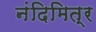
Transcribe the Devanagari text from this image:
नंदिमित्र